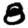
Digit: 8